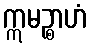
ဣမဉ္စာဟံ